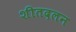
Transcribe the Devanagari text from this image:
शीतदलन